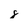
Character: g